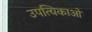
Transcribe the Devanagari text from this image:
उपत्यिकाओं